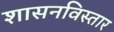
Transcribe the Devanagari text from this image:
शासनविस्तार